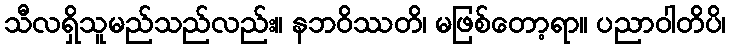
သီလရှိသူမည်သည်လည်း။ နဘဝိဿတိ၊ မဖြစ်တော့ရာ။ ပညာဝါတိပိ၊